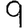
Digit: 9